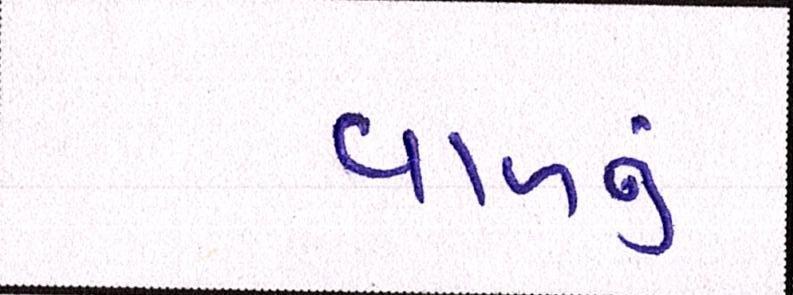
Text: વાળનું